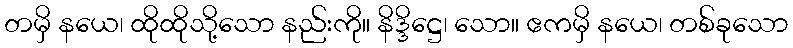
တမှိ နယေ၊ ထိုထိုသို့သော နည်းကို။ နိဒ္ဒိဋ္ဌေ၊ သော။ ဧကမှိ နယေ၊ တစ်ခုသော